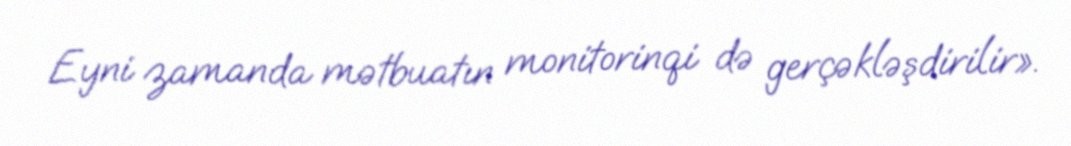
Eyni zamanda mətbuatın monitorinqi də gerçəkləşdirilir».